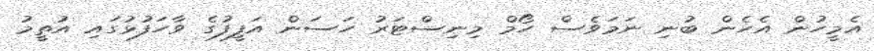
އެމީހުން އެހެން ބުނި ނަމަވެސް ހޯމް މިނިސްޓަރު ހަސަން އަފީފުގެ ވާހަފުޅުގައި އުތީމު